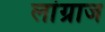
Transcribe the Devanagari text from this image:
लांग्राज